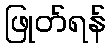
ဖြုတ်ရန်